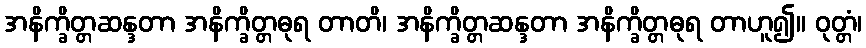
အနိက္ခိတ္တဆန္ဒတာ အနိက္ခိတ္တဓုရ တာတိ၊ အနိက္ခိတ္တဆန္ဒတာ အနိက္ခိတ္တဓုရ တာဟူ၍။ ဝုတ္တံ၊